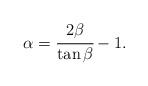
LaTeX: \begin{align*}\alpha=\cfrac{2\beta}{\tan \beta}-1.\end{align*}